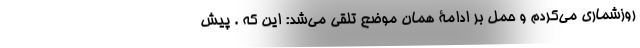
روزشماری می‌کردم و حمل بر ادامۀ همان موضع تلقی می‌شد: این که . پیش